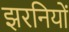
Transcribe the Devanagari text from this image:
झरनियों